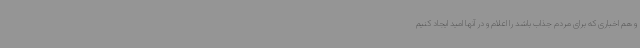
و هم اخباری که برای مردم جذاب باشد را اعلام و در آنها امید ایجاد کنیم